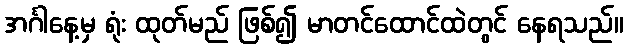
အင်္ဂါနေ့မှ ရုံး ထုတ်မည် ဖြစ်၍ မာတင်ထောင်ထဲတွင် နေရသည်။